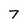
Character: 7